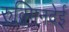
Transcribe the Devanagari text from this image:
रुक्मिनदेई